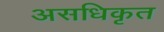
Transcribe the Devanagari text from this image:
असधिकृत